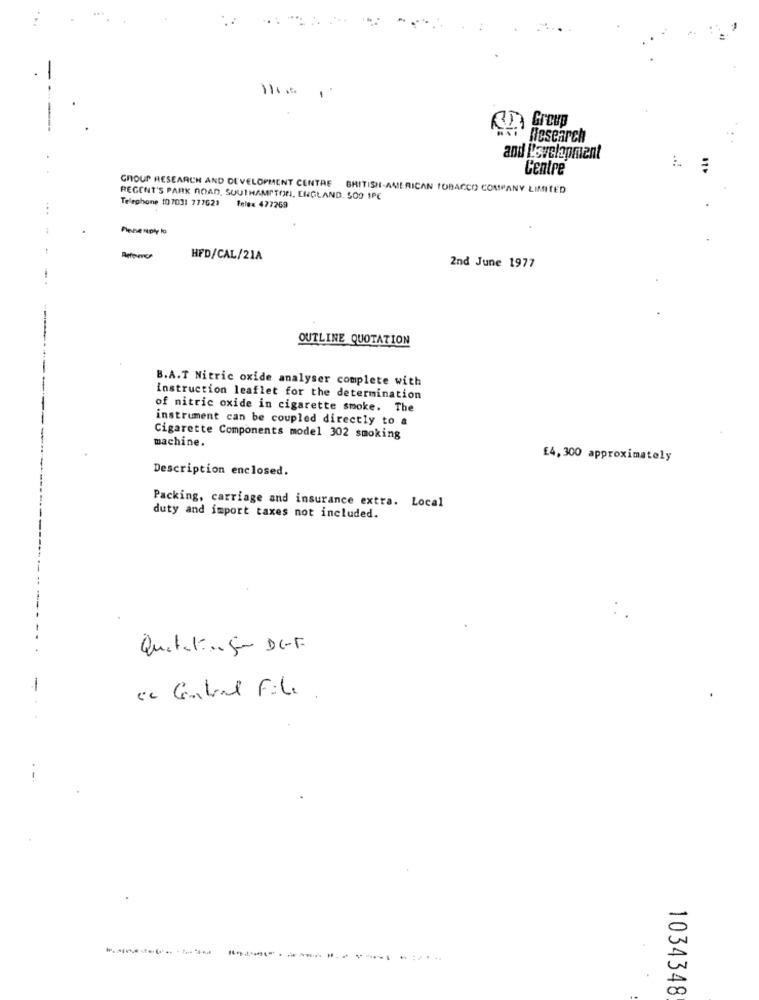
KD Group
Research
and Development
Centre
GROUP RESEARCH AND DEVELOPMENT CENTRE BRITISH-AMERICAN TOBACCO COMPANY LIMITED
REGENT'S PARK ROAD, SOUTHAMPTON, ENGLAND. 50O IPC
Telephone (0703: 777623 felex 477269
Pinnenply to
HFD/CAL/21A
2nd June 1977
OUTLINE QUOTATION
B.A.T Nitric oxide analyser complete with
instruction leaflet for the determination
of nitric oxide in cigarette smoke. The
instrument can be coupled directly to a
Cigarette Components model 302 smoking
machine.
£4,300 approximately
Description enclosed.
Packing, carriage and insurance extra. Local
duty and import taxes not included.
Queteting- DEF.
" Central File .
1034348